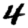
Digit: 4